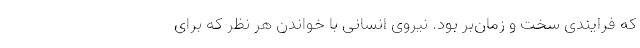
که فرایندی سخت و زمان‌بر بود. نیروی انسانی با خواندن هر نظر که برای